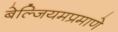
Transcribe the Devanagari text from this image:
बेल्जियमप्रमाणे